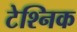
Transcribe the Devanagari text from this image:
टेश्निक